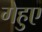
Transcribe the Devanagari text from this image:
गेहुए